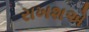
રાખશએ